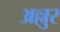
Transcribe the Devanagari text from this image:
अल्लुर